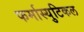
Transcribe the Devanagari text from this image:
फर्मास्युटिकल